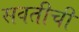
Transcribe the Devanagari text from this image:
सवतीची